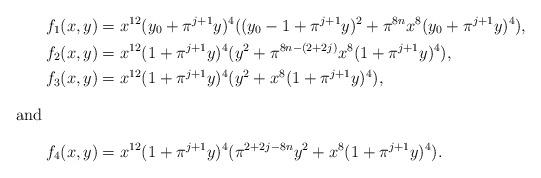
LaTeX: \begin{align*}f_1(x,y)& =x^{12}(y_0+\pi^{j+1} y)^4((y_0-1+\pi^{j+1} y)^2+ \pi^{8n}x^8(y_0+\pi^{j+1}y)^4),\\f_2(x,y)&=x^{12}(1+\pi^{j+1}y)^4(y^2+\pi^{8n-(2+2j)}x^8(1+\pi^{j+1} y)^4),\\f_3(x,y)&=x^{12}(1+\pi^{j+1}y)^4(y^2+x^8(1+\pi^{j+1} y)^4),\\\intertext{and}f_4(x,y)&=x^{12}(1+\pi^{j+1}y)^4(\pi^{2+2j-8n}y^2+x^8(1+\pi^{j+1} y)^4). \end{align*}